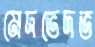
মেদভেদভ